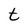
Character: t